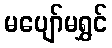
မပျော်မရွှင်